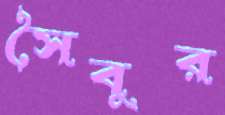
সৈবুর